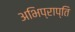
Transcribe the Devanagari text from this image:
अभिप्राप्ति